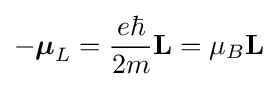
-{\boldsymbol {\mu }}_{L}={\dfrac {e\hbar }{2m}}\mathbf {L} =\mu _{B}\mathbf {L}